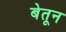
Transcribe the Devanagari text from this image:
बेतून